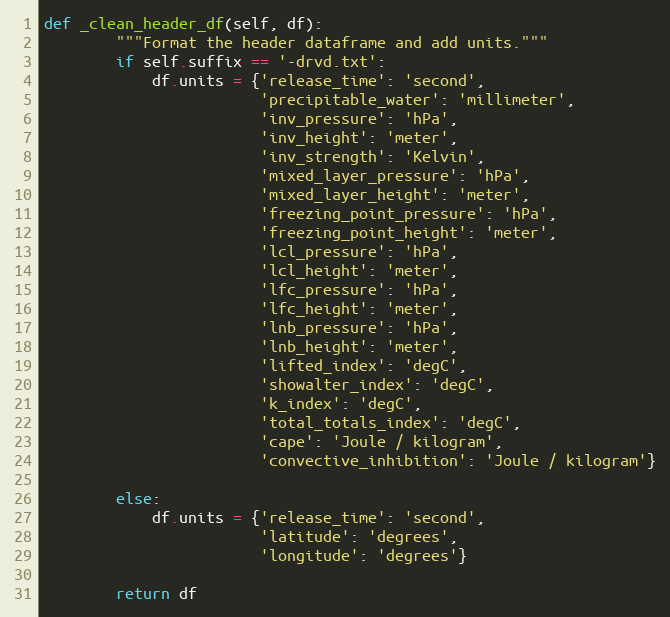
Language: Python
def _clean_header_df(self, df):
        """Format the header dataframe and add units."""
        if self.suffix == '-drvd.txt':
            df.units = {'release_time': 'second',
                        'precipitable_water': 'millimeter',
                        'inv_pressure': 'hPa',
                        'inv_height': 'meter',
                        'inv_strength': 'Kelvin',
                        'mixed_layer_pressure': 'hPa',
                        'mixed_layer_height': 'meter',
                        'freezing_point_pressure': 'hPa',
                        'freezing_point_height': 'meter',
                        'lcl_pressure': 'hPa',
                        'lcl_height': 'meter',
                        'lfc_pressure': 'hPa',
                        'lfc_height': 'meter',
                        'lnb_pressure': 'hPa',
                        'lnb_height': 'meter',
                        'lifted_index': 'degC',
                        'showalter_index': 'degC',
                        'k_index': 'degC',
                        'total_totals_index': 'degC',
                        'cape': 'Joule / kilogram',
                        'convective_inhibition': 'Joule / kilogram'}

        else:
            df.units = {'release_time': 'second',
                        'latitude': 'degrees',
                        'longitude': 'degrees'}

        return df